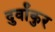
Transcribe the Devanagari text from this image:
दुर्वांकुर